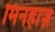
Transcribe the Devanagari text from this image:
मिनहाज़